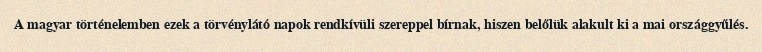
A magyar történelemben ezek a törvénylátó napok rendkívüli szereppel bírnak, hiszen belőlük alakult ki a mai országgyűlés.